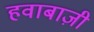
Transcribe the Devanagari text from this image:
हवाबाज़ी